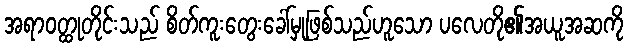
အရာဝတ္ထုတိုင်းသည် စိတ်ကူးတွေးခေါ်မှုဖြစ်သည်ဟူသော ပလေတို၏အယူအဆကို